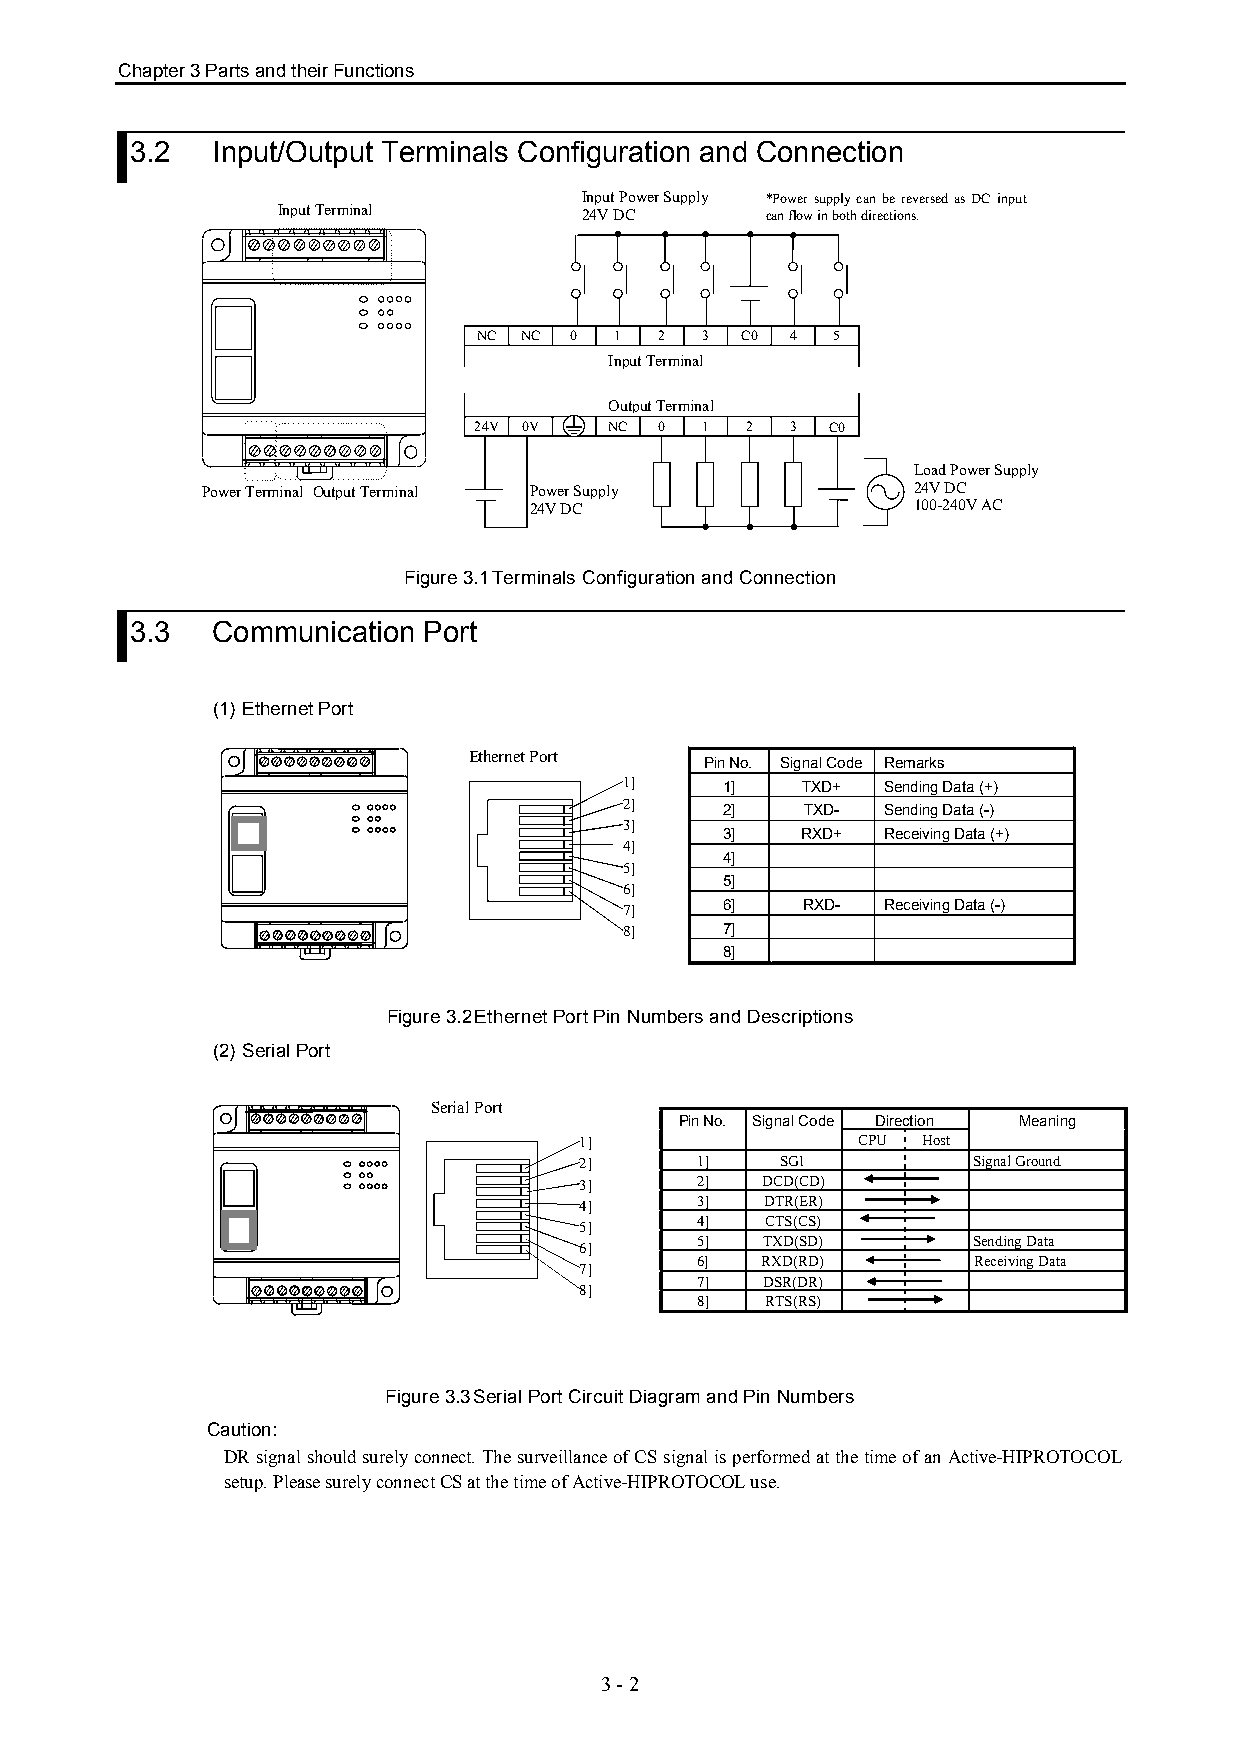
Chapter 3 Parts and their Functions
 3.2  Input/Output Terminals Configuration and Connection
 Input Power Supply *Power supply can be reversed as DC input
 Input Terminal       24V DC      can flow in both directions.
 NC NC 0  1  2 3  C0 4  5
 Input Terminal
 Output Terminal
 24V 0V   NC  0 1  2  3  C0
 Load Power Supply
 Power Terminal Output Terminal Power Supply    24V DC
 24V DC                   100-240V AC
 Figure 3.1Terminals Configuration and Connection
 3.3  Communication Port
 (1) Ethernet Port
 Ethernet Port
 Pin No. Signal Code Remarks
 1]     1]   TXD+  Sending Data (+)
 2]
 2]   TXD-  Sending Data (-)
 3]
 3]   RXD+  Receiving Data (+)
 4]
 4]
 5]
 5]
 6]
 7]     6]   RXD-  Receiving Data (-)
 8]     7]
 8]
 Figure 3.2Ethernet Port Pin Numbers and Descriptions
 (2) Serial Port
 Serial Port
 Pin No. Signal Code Direction Meaning
 1]                 CPU Host
 2]      1]    SG1         Signal Ground
 3]      2]  DCD(CD)
 4]      3]   DTR(ER)
 5]      4]   CTS(CS)
 5]   TXD(SD)      Sending Data
 6]
 6]  RXD(RD)        Receiving Data
 7]
 7]   DSR(DR)
 8]
 8]   RTS(RS)
 Figure 3.3Serial Port Circuit Diagram and Pin Numbers
 Caution:
 DR signal should surely connect. The surveillance of CS signal is performed at the time of an Active-HIPROTOCOL
 setup. Please surely connect CS at the time of Active-HIPROTOCOL use.
 3 - 2